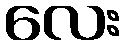
လေး